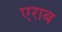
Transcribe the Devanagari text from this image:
एराब